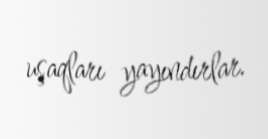
uşaqları yayındırlar.